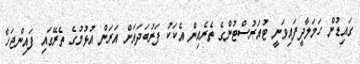
ގައިޑުން ހަމަލާދީފައިވަނީ ޓުއަރުސްޓުންގެ ތެރެއިން އެކަކު ފަރުބަދައަށް އަރަން އުޅުމުގެ ތެރޭގައި ފައިންޖަހާ